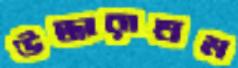
উদ্ধারাশ্রম